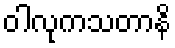
ဝါလုကသတာနိ